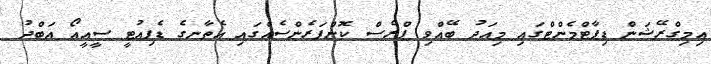
އިމިގްރޭޝަން ޑިޕާޓްމެންޓްގައި މިއަދު ބޭއްވި ޕްރެސް ކޮންފަރެންސެއްގައި އެތާނގެ ޑެޕިއުޓީ ސީއީއޯ އަބްދު